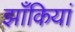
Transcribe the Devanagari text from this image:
झाँकियां